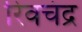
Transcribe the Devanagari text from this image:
रिवचंद्र